Vital statistics of India. Vol. V, Reports of 1876 on armies & jails and on epidemic cholera
Year: 1876
Disease focus: Cholera
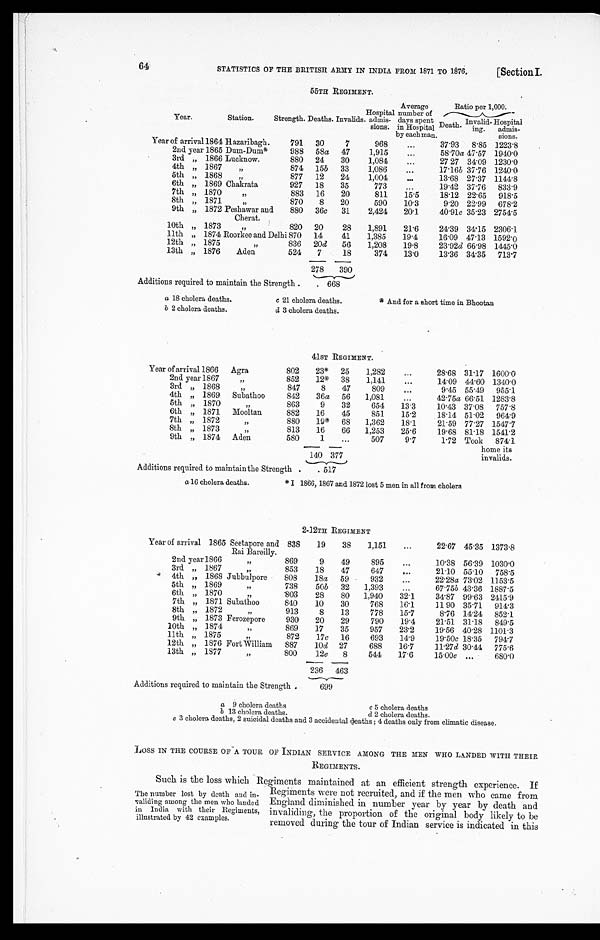
STATISTICS OF THE BRITISH ARMY IN INDIA FROM 1871 TO 1876.
[Section I.
55TH REGIMENT.
Year.
Station.
Strength. Deaths. Invalids.
Hospital
admis
-sions.
Average
number of
days spent
in Hospital
by each man.
Ratio per 1,000.
Hospital
admis
-sions.
Death.
Invalid
-ing.
Year of arrival 1864 Hazaribagh.
791
30
7
968
. . .
37.93
8.85 1223.8
2nd year 1865 Dum-Dum*
988
58 a
47
1,915
. . .
58.70a 47.57 1940.0
3rd " 1866 Lucknow.
880
24
30
1,084
. . .
27 27 34.09 1230.0
4th " 1867
"
874
15 b
33
1,086
. . .
17.16b 37.76 1240.0
5th " 1868
"
877
12
24
1,004
. . .
13.68 27.37 1144.8
6th " 1869 Chakrata
927
18
35
773
. . .
19.42 37.76
833.9
7th " 1870
"
883
16
20
811
15.5
18.12 22.65
918.5
8th " 1871
"
870
8
20
590
10.3
9.20 22.99
678.2
9th " 1872 Peshawar and
Cherat.
880
36 c
31
2,424
20.1
40.91 c 35.23 2754.5
10th " 1873
"
820
20
28
1,891
21.6
24.39 34.15 2306.1
11th " 1874 Roorkee and Delhi 870
14
41
1,385
19.4
16.09 47.13 1592.0
12th " 1875
"
836
20d
56
1,208
19.8
23.92 d 66.98 1445.0
13th " 1876
Aden
524
7
18
374
13.0
13.36 34.35
713.7
278
390
Additions required to maintain the Strength . . .
668
a 18 cholera deaths.
c 21 cholera deaths. * And for a short time in Bhootan
b 2 cholera deaths.
d 3 cholera deaths.
41ST REGIMENT.
Year of arrival 1866
Agra
802
23*
25
1,282
. . .
28.68 31.17 1600.0
2nd year 1867
"
852
12*
38
1,141
. . .
14.09 44.60 1340.0
3rd " 1868
"
847
8
47
809
. . .
9.45 55.49
955.1
4th " 1869
Subathoo
842
36 a
56
1,081
. . .
42.75 a 66.51 1283. 8
5th " 1870
"
863
9
32
654
13.3
10.43 37.08
757.8
6th " 1871
Mooltan
882
16
45
851
15.2
18.14 51.02
964.9
7th " 1872
"
880
19* 68
1,362
18.1
21.59 77.27 1547.7
8th " 1873
"
813
16
66
1,253
25.6
19.68 81.18 1541.2
9th " 1874
Aden
580
1
. . .
507
9.7
1.72 Took
874.1
140
3 7 7
home its
invalids.
Additions required to maintain the Strength . . .
517
a 16 cholera deaths. *I 1866, 1867 and 1872 lost 5 men in all from cholera
2-12TH REGIMENT
Year of arrival 1865 Seetapore and
Rai Bareilly.
838
19
38
1,151 . . .
22.67 45.35 1 3 7 3 . 8
2nd year 1866
"
869
9
49
895
. . .
10.38 56.39 1030.0
3rd " 1867
"
853
18
47
647
. . .
21.10 55.10
758.5
4th " 1868 Jubbulpore
808
18a
59
932
. . .
22.28a 73.02 1153.5
5th " 1869
"
738
50b
32
1,393
. . .
67.75b 43.36 1887.5
6th " 1870
"
803
28
80
1,940
32.1
34.87 99.63 2415.9
7th " 1871 Subathoo
840
10
30
768
16.1
11.90 35.71
914.3
8th " 1872
"
913
8
13
778
15.7
8.76 14.24
852.1
9th " 1873 Ferozepore
930
20
29
790
19.4
21.51 31.18
849.5
10th " 1874
"
869
17
35
957
23.2
19.56 40.28 1101.3
1 1 t h " 1 8 7 5
"
872
17 c
16
693
14.9
19.50c 18.35
794.7
12th " 1876 Fort William
887
10d 27
688
16.7
11.27 d 30.44
775.6
13th " 1877
"
800
12 e
8
544
17.6
15.00 e . . .
680.0
236
463
Additions required to maintain the Strength . . .
699
a 9 cholera deaths.
c 5 cholera deaths
.
b 13 cholera deaths.
d 2 cholera deaths.
e 3 cholera deaths, 2 suicidal deaths and 3 accidental deaths ; 4 deaths only from climatic disease.
LOSS IN THE COURSE OF A TOUR OF INDIAN SERVICE AMONG THE MEN WHO LANDED WITH THEIR
REGIMENTS.
Such is the loss which Regiments maintained at an efficient strength experience. If
Regiments were not recruited, and if the men who came from
England diminished in number year by year by death and
invaliding, the proportion of the original body likely to be
removed during the tour of Indian service is indicated in this
64
The number lost by death and in
- v a l i d i n g a m o n g t h e m e n w h o l a n d e d
in India with their Regiments,
illustrated by 42 examples.